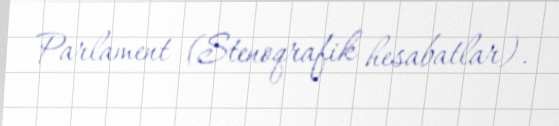
Parlament (Stenoqrafik hesabatlar).